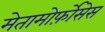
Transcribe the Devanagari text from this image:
मेतामोर्फ़ोसेस